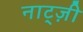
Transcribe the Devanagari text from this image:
नाट्ज़ी